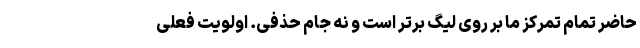
حاضر تمام تمرکز ما بر روی لیگ برتر است و نه جام حذفی. اولویت فعلی